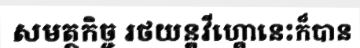
សមត្ថកិច្ច រថយន្តវីហ្គោនេះក៏បាន